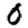
Digit: 0